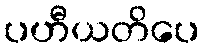
ပဟီယတိပေ